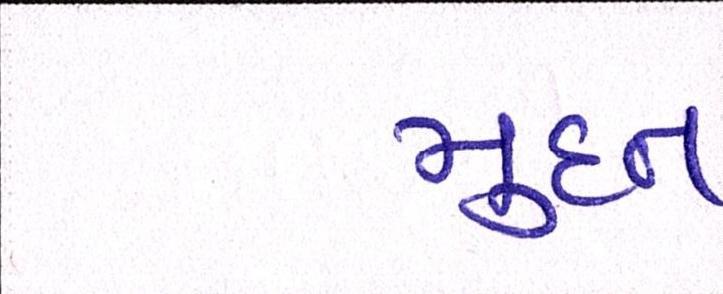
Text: મુદત